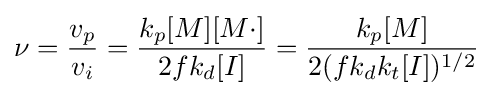
\nu ={\frac {v_{p}}{v_{i}}}={\frac {k_{p}[M][M\cdot ]}{2fk_{d}[I]}}={\frac {k_{p}[M]}{2(fk_{d}k_{t}[I])^{1/2}}}